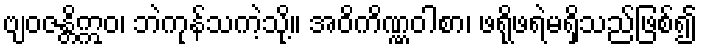
ဗျဝဇန္တိဣဝ၊ ဘဲကုန်သကဲ့သို့။ အဝိကိဏ္ဏဝါစာ၊ ဖရိုဖရဲမရှိသည်ဖြစ်၍